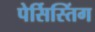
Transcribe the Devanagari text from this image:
पेर्सिस्तिंग